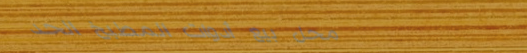
محل بيع أدوات المطبخ الحد